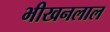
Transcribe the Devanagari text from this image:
भीखनलाल